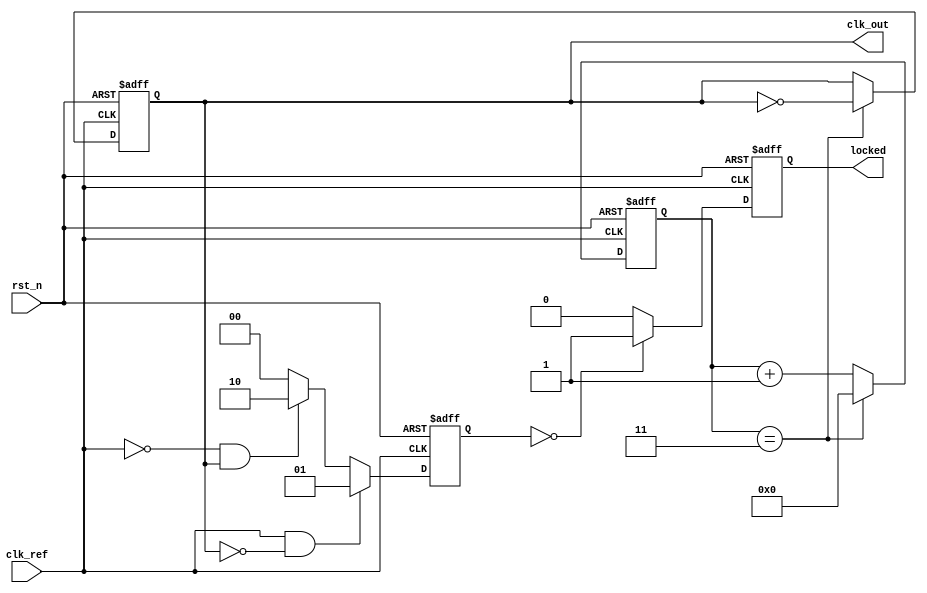
module integer_n_pll (
    input wire clk_ref,          // Reference clock input
    input wire rst_n,           // Active low reset
    output wire clk_out,        // Output clock
    output wire locked          // Lock indicator
);

    // Parameters
    parameter N = 4;            // Integer division factor
    parameter CP_CURRENT = 1;   // Charge pump current
    parameter LF_TIME_CONSTANT = 10; // Loop filter time constant

    // Internal signals
    reg [1:0] pfd_state;        // PFD state
    reg [15:0] charge_pump_output; // Charge pump output voltage
    reg [15:0] vco_control_voltage; // VCO control voltage
    reg [15:0] vco_frequency;    // VCO frequency
    reg [15:0] divider_count;     // Divider count
    reg clk_div;                 // Divided clock output
    reg locked_reg;             // Lock status

    // PFD implementation
    always @(posedge clk_ref or negedge rst_n) begin
        if (!rst_n) begin
            pfd_state <= 2'b00;
        end else begin
            // PFD logic (simplified)
            if (clk_ref && !clk_div) begin
                pfd_state <= 2'b01; // UP signal
            end else if (!clk_ref && clk_div) begin
                pfd_state <= 2'b10; // DOWN signal
            end else begin
                pfd_state <= 2'b00; // No change
            end
        end
    end

    // Charge Pump implementation
    always @(posedge clk_ref or negedge rst_n) begin
        if (!rst_n) begin
            charge_pump_output <= 16'b0;
        end else begin
            case (pfd_state)
                2'b01: charge_pump_output <= charge_pump_output + CP_CURRENT; // UP
                2'b10: charge_pump_output <= charge_pump_output - CP_CURRENT; // DOWN
                default: charge_pump_output <= charge_pump_output; // Hold
            endcase
        end
    end

    // Loop Filter implementation (simple first-order)
    always @(posedge clk_ref or negedge rst_n) begin
        if (!rst_n) begin
            vco_control_voltage <= 16'b0;
        end else begin
            vco_control_voltage <= (vco_control_voltage + charge_pump_output) / LF_TIME_CONSTANT;
        end
    end

    // VCO implementation (simplified)
    always @(posedge clk_ref or negedge rst_n) begin
        if (!rst_n) begin
            vco_frequency <= 16'b0;
        end else begin
            vco_frequency <= vco_control_voltage; // Control frequency based on voltage
        end
    end

    // Frequency Divider implementation
    always @(posedge clk_ref or negedge rst_n) begin
        if (!rst_n) begin
            divider_count <= 0;
            clk_div <= 0;
        end else begin
            if (divider_count == (N - 1)) begin
                clk_div <= ~clk_div; // Toggle divided clock
                divider_count <= 0; // Reset count
            end else begin
                divider_count <= divider_count + 1; // Increment count
            end
        end
    end

    // Output clock generation
    assign clk_out = clk_div;

    // Lock detection (simplified)
    always @(posedge clk_ref or negedge rst_n) begin
        if (!rst_n) begin
            locked_reg <= 1'b0;
        end else begin
            // Simple lock detection logic
            if (pfd_state == 2'b00) begin
                locked_reg <= 1'b1; // Locked state
            end else begin
                locked_reg <= 1'b0; // Not locked
            end
        end
    end

    assign locked = locked_reg;

endmodule